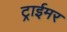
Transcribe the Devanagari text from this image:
ट्राईमर